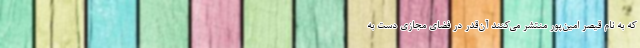
که به نام قیصر امین‌پور منتشر می‌کنند آن‌قدر در فضای مجازی دست به